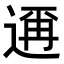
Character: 𮞙